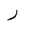
Letter: _ra